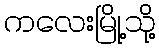
ကလေးမြို့သို့